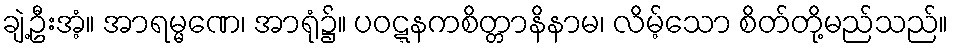
ချဲ့ဦးအံ့။ အာရမ္မဏေ၊ အာရုံ၌။ ပဝဋ္ဋနကစိတ္တာနိနာမ၊ လိမ့်သော စိတ်တို့မည်သည်။